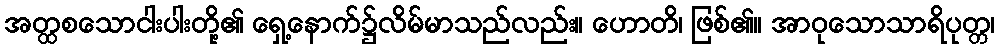
အတ္ထစသောငါးပါးတို့၏ ရှေ့နောက်၌လိမ်မာသည်လည်း။ ဟောတိ၊ ဖြစ်၏။ အာဝုသောသာရိပုတ္တ၊